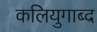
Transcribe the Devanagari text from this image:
कलियुगाब्द